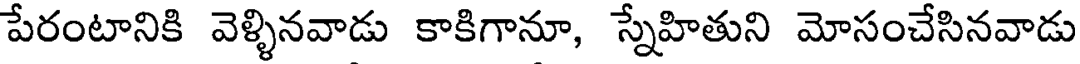
పేరంటానికి వెళ్ళినవాడు కాకిగానూ, స్నేహితుని మోసంచేసినవాడు